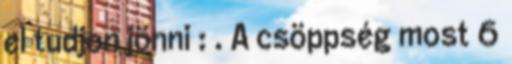
el tudjon jönni : . A csöppség most 6